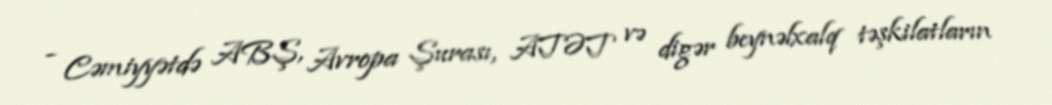
- Cəmiyyətdə ABŞ, Avropa Şurası, ATƏT və digər beynəlxalq təşkilatların